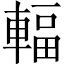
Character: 輻